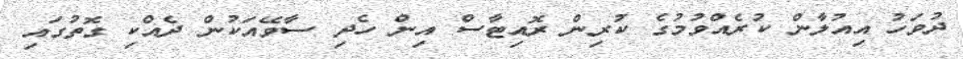
ދުވަހު އިއުލާން ކުރެއްވުމުގެ ކުރިން ރޮއިޓާސް އިން ހެދި ސާވޭއަކުން ދެއްކި ގޮތުގައި